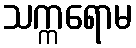
သက္ကရောမ